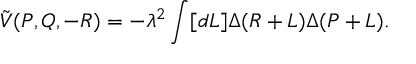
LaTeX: \tilde { V } ( P , Q , - R ) = - \lambda ^ { 2 } \int [ d L ] \Delta ( R + L ) \Delta ( P + L ) .